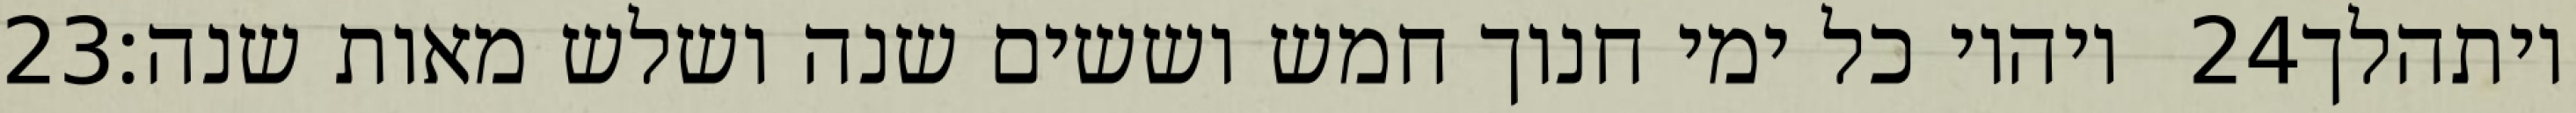
‎23‏ ויהיו כל ימי חנוך חמש וששים שנה ושלש מאות שנה׃ ‎24‏ ויתהלך